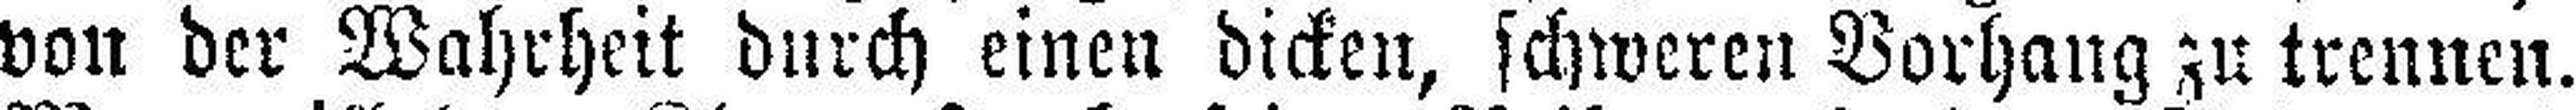
von der Wahrheit durch einen dicken, schweren Vorhang zu trennen.